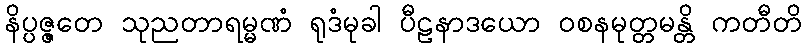
နိပ္ပဇ္ဇတေ သုညတာရမ္မဏံ ရုဒံမုခါ ပီဠနာဒယော ဝစနမုတ္တမန္တိ ကတီတိ